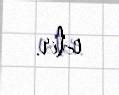
edir.